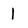
Character: 1